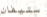
ستيفان